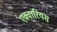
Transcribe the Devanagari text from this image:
एक्वारियस